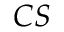
{ \boldsymbol { C } } { \boldsymbol { S } }